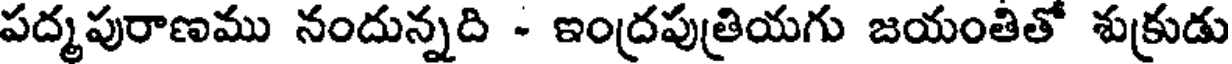
పద్మపురాణము నందున్నది - ఇంద్రపుత్రియగు జయంతితో శుక్రుడు